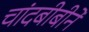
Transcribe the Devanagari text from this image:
चांदबीबीने